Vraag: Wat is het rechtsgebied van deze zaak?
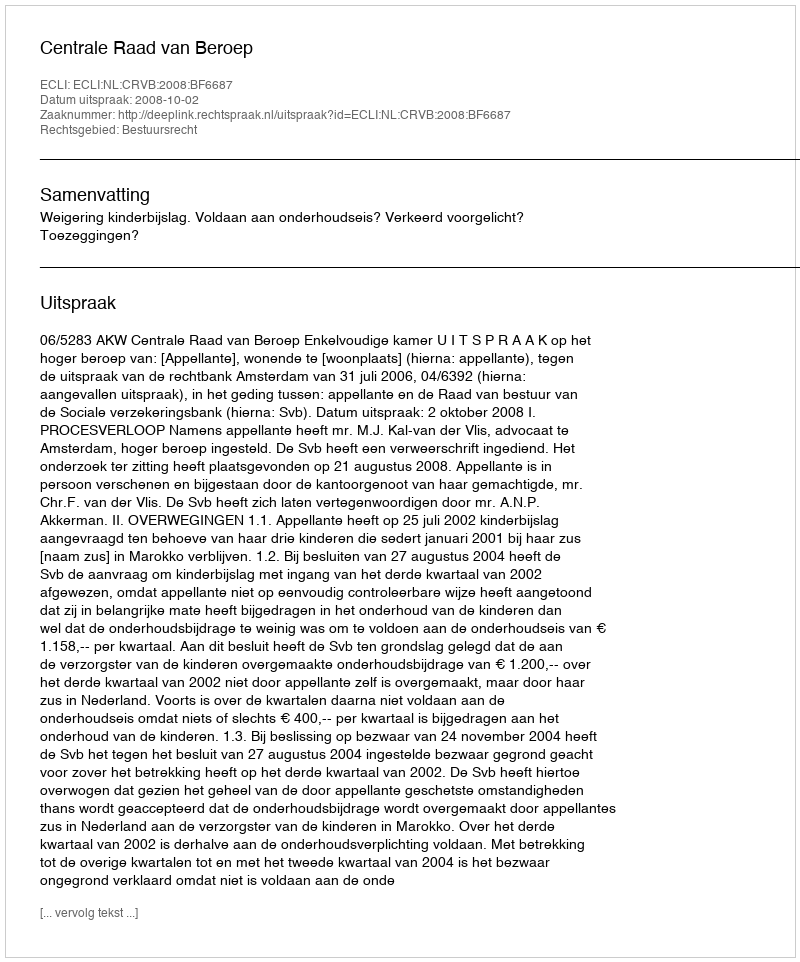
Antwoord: Bestuursrecht